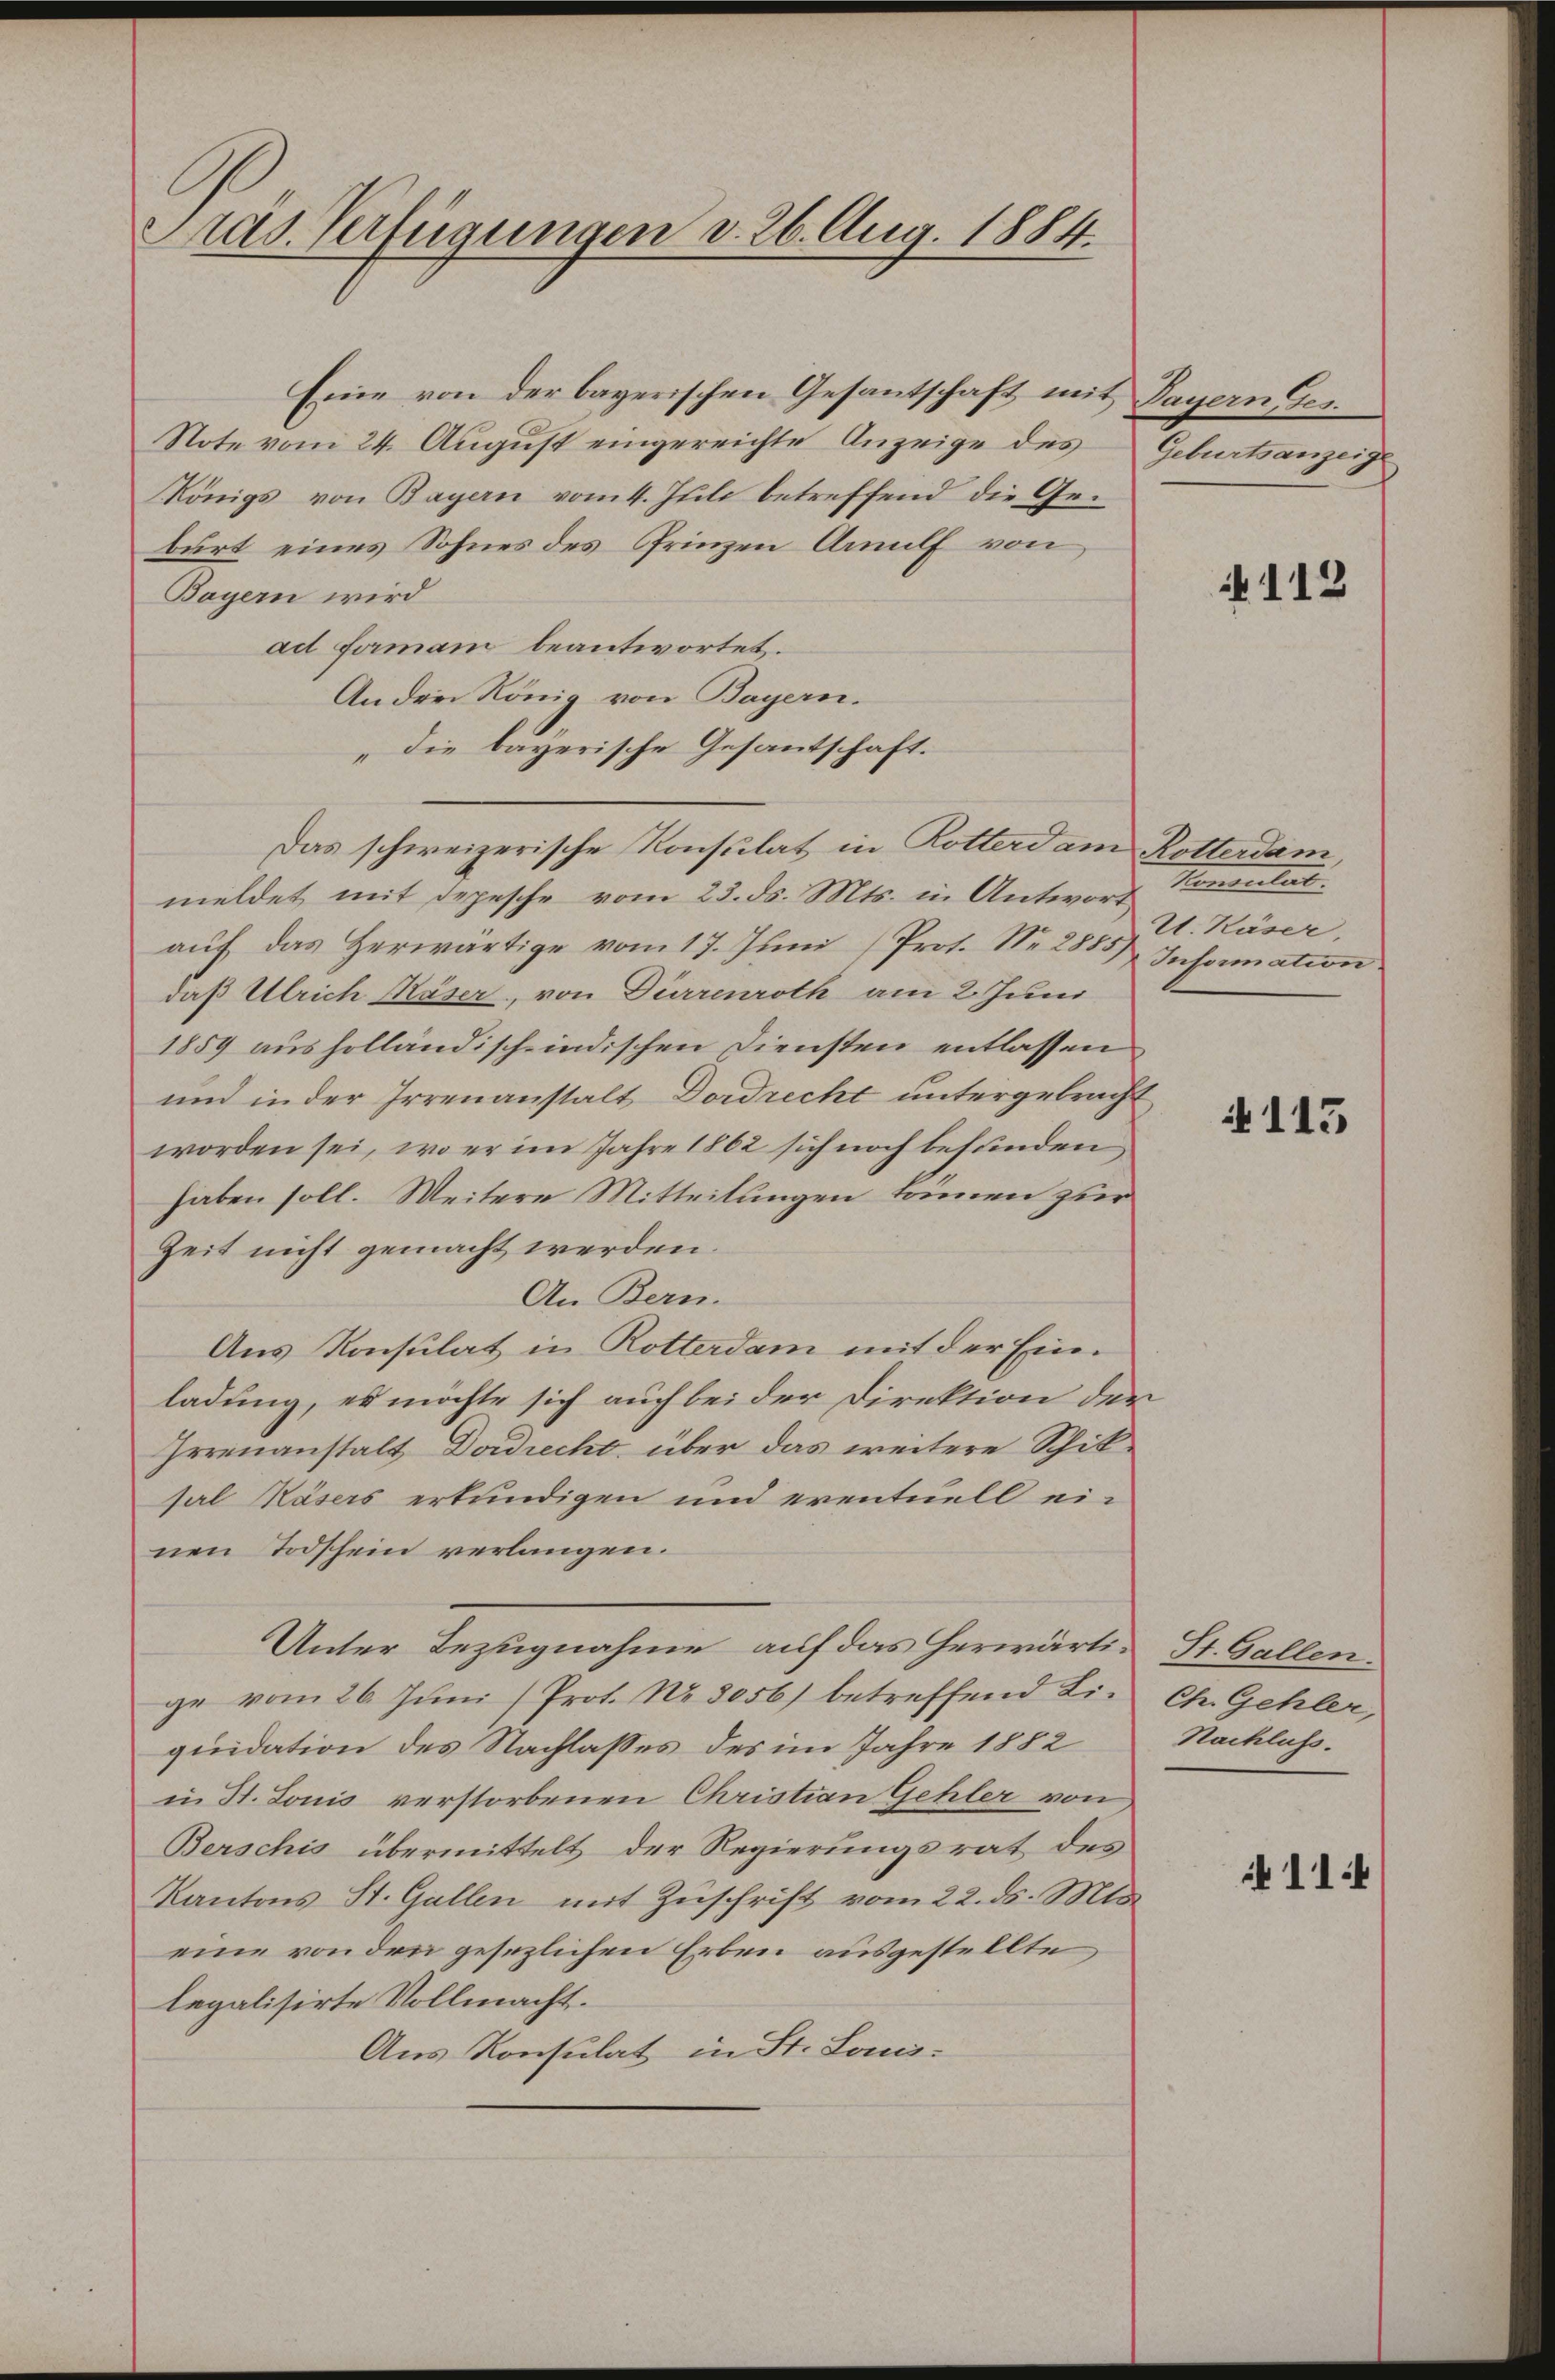
Präs. Verfügungen v. 26. Aug. 1884.

Eine von der bayerischen Gesantschaft mit Payern Ges.
Note vom 24. Aŭgŭst eingereichte Anzeige des Geburtsanzeige
Königs von Bayern vom 4. Juli betreffend die Geburt eines Sohnes des Prinzen Annulf von
Bayern wird
ad formann beantwortet.
An drei König von Bayern.
„die bayerische Gesantschaft.
Das schweizerische Konsulat in Rotterdam Rotterdam,
meldet mit depesche vom 23. ds. Mts. in Antwort
auf das Herwärtige vom 17. Juni (Prot. Nr. 2885) Information
daß Ulrich Käser, von Dürrenroth am 2. Juni
1859 ausholländisch-indischen Diensten entlassen
und in der Irrenanstalt Dordrecht untergebracht
worden sei, wo er im Jahre 1862 sich noch befunden
haben soll. Weitere Mitteilungen können zur
Zeit nicht gemacht werden.
An Bern.
Aus Konsulat in Rotterdam mit der Einladung, es möchte sich auch bei der Direktion der
Irrenanstalt Dordrecht, über das weitere Schiksal Käsers erkundigen und eventuell einen Todschein verlangen.
Unter Bezugnahme auf das herwärtige vom 26. Juni (Prot. No. 3056) betreffend Liquidation des Nachlasses des im Jahre 1882
in St. Louis verstorbenen Christian Gehler von
Berschis übermittelt der Regierungsrat des
Kantons St. Gallen mit Zuschrift vom 22. ds. Mts.
eine von den gesezlichen Erben ausgestellte
legalisirte Vollmacht.
Aus Konsulat in St. Lani.

112

Vereitenli
U. Käser,

4113

St. Gallen.
Ch. Gehler,
Nachluss.

114